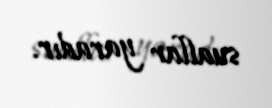
suallar yaradır.